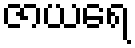
ဇာယရေ